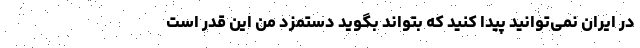
در ایران نمی‌توانید پیدا کنید که بتواند بگوید دستمزد من این قدر است